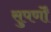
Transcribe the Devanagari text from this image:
सुपर्णों